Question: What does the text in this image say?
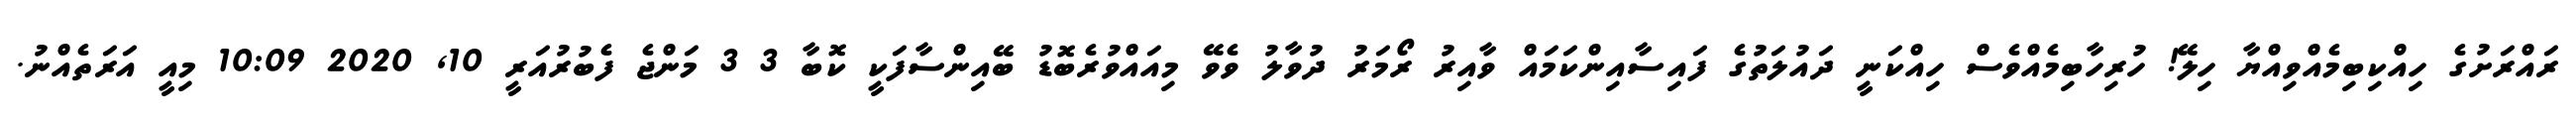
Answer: ރައްރަށުގެ ހިއްކިބިމެއްވިއްޔާ ހިލޭ! ހުރިހާބިމެއްވެސް ހިއްކަނީ ދައުލަތުގެ ފައިސާއިންކަމައް ވާއިރު ރޯމަރު ދުވާލު ވެވޭ މިއައްވުރެބޮޑު ބޭއިންސާފަކީ ކޮބާ 3 3 މަންޖެ ފެބުރުއަރީ 10, 2020 10:09 މިއީ އަރަތެއްނު.